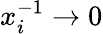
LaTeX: x_{i}^{-1}\rightarrow 0